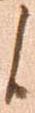
候